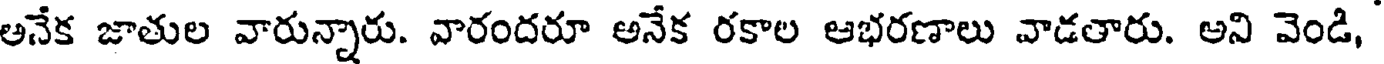
అనేక జాతుల వారున్నారు. వారందరూ అనేక రకాల ఆభరణాలు వాడతారు. అని వెండి,